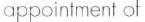
appointment of